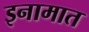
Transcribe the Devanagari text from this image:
इनामात